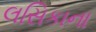
લસિકાના